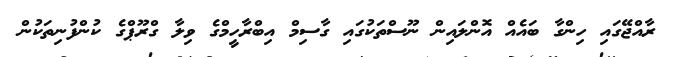
ރާއްޖޭގައި ހިންގާ ބައެއް އޮންލައިން ނޫސްތަކުގައި ގާސިމް އިބްރާހީމްގެ ވިލާ ގްރޫޕްގެ ކުންފުނިތަކުން